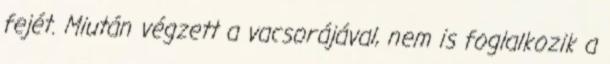
fejét. Miután végzett a vacsorájával, nem is foglalkozik a